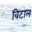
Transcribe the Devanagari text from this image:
विटाल